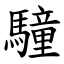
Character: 䮵